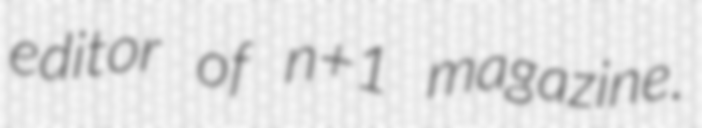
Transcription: editor of n+1 magazine.